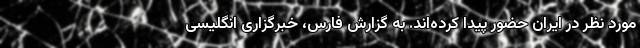
مورد نظر در ایران حضور پیدا کرده‌اند. به گزارش فارس، خبرگزاری انگلیسی